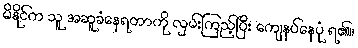
မိနိုင်က သူ အဆူခံနေရတာကို လှမ်းကြည့်ပြီး ကျေနပ်နေပုံ ရ၏။